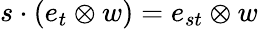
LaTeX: s\cdot(e_{t}\otimes w)=e_{st}\otimes w